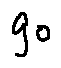
g o